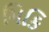
મિકિ